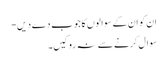
ان کو ان کے سوالوں کا جوب دے دیں-
سوال کرنے سے نہ روکیں۔